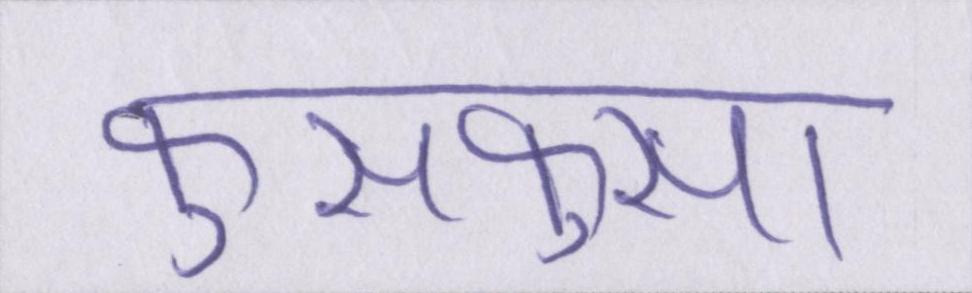
फुसफुसा